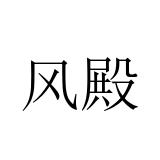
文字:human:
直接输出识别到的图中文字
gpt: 风殿